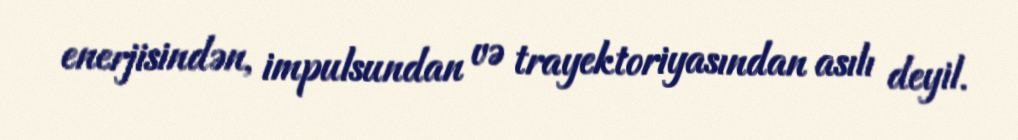
enerjisindən, impulsundan və trayektoriyasından asılı deyil.